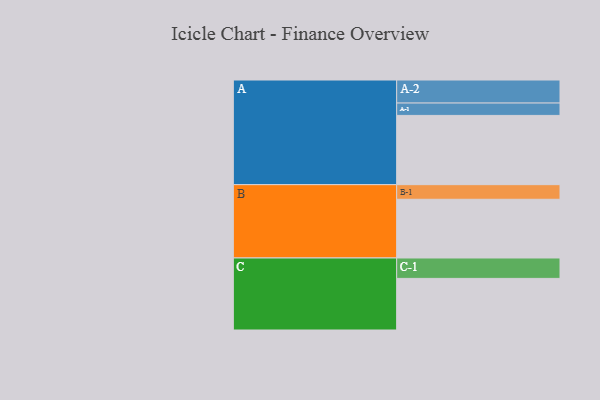
{"axis": {"x": "Segment", "y": "Value"}, "legend": ["", "A", "B", "C"], "data": [{"x": "A", "y": 526, "type": ""}, {"x": "B", "y": 446, "type": ""}, {"x": "C", "y": 392, "type": ""}, {"x": "A-1", "y": 94, "type": "A"}, {"x": "A-2", "y": 175, "type": "A"}, {"x": "B-1", "y": 111, "type": "B"}, {"x": "C-1", "y": 155, "type": "C"}]}